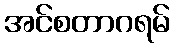
အင်စတာဂရမ်